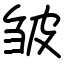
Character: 皱